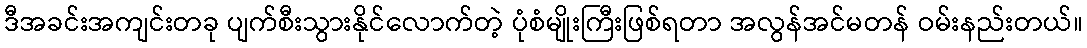
ဒီအခင်းအကျင်းတခု ပျက်စီးသွားနိုင်လောက်တဲ့ ပုံစံမျိုးကြီးဖြစ်ရတာ အလွန်အင်မတန် ဝမ်းနည်းတယ်။